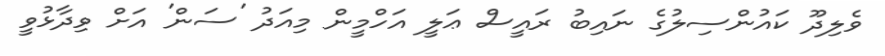
ވެލިދޫ ކައުންސިލުގެ ނައިބު ރައީސް ޢަލީ އަހްމީން މިއަދު 'ސަން' އަށް ވިދާޅުވީ